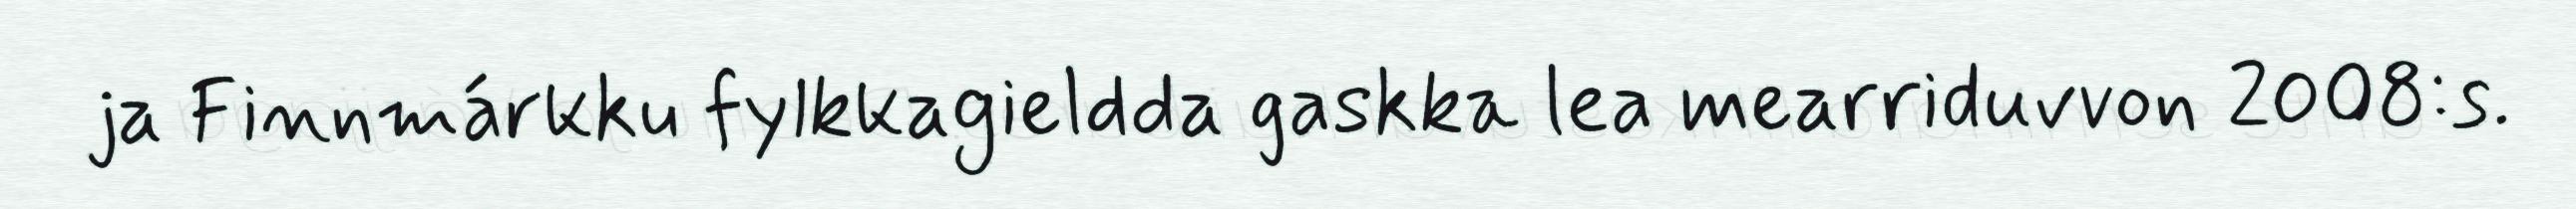
ja Finnmárkku fylkkagieldda gaskka lea mearriduvvon 2008:s.